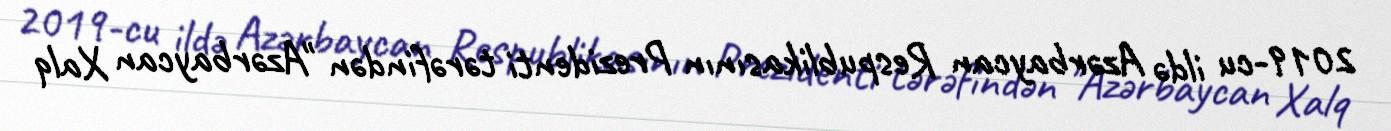
2019-cu ildə Azərbaycan Respublikasının Prezidenti tərəfindən "Azərbaycan Xalq